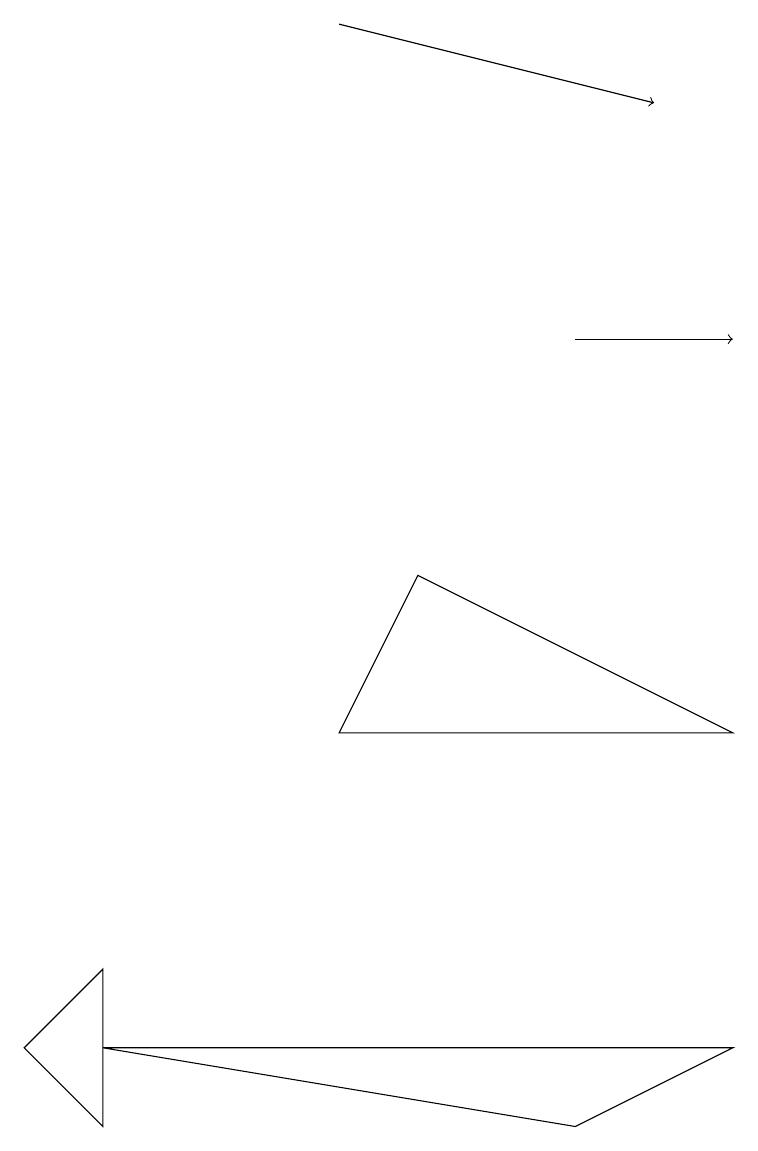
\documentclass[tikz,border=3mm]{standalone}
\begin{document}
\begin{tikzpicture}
\draw[->] (7,10) -- (9,10);
\draw[->] (4,14) -- (8,13);
\draw (1,1) -- (7,0) -- (9,1) -- cycle;
\draw (1,2) -- (0,1) -- (1,0) -- cycle;
\draw (4,5) -- (5,7) -- (9,5) -- cycle;
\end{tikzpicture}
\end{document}